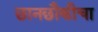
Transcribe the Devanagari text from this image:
छानछौकीचा